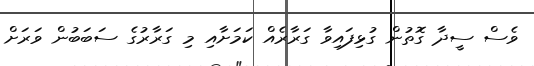
ވެސް ސީދާ ގޮތުން ގުޅިފައިވާ ގަރާރެއް ކަމަށާއި މި ގަރާރުގެ ސަބަބުން ވަރަށް